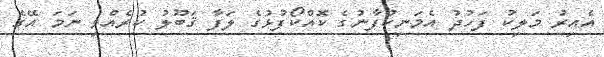
އެއިރު މަލިކު ފަހުދު އެމަނިކުފާނުގެ ކޮއްކޯފުޅުގެ ލަފާ ޤަބޫލު ކުރެއްވި ނަމަ އޭގެ